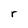
Character: r